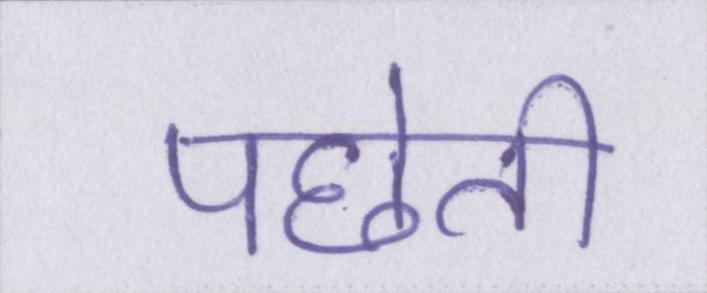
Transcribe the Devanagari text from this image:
पछेती